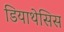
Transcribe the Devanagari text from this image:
डियाथेसिस